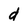
Character: d